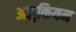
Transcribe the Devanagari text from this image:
अजुकियम